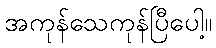
အကုန်သေကုန်ပြီပေါ့။